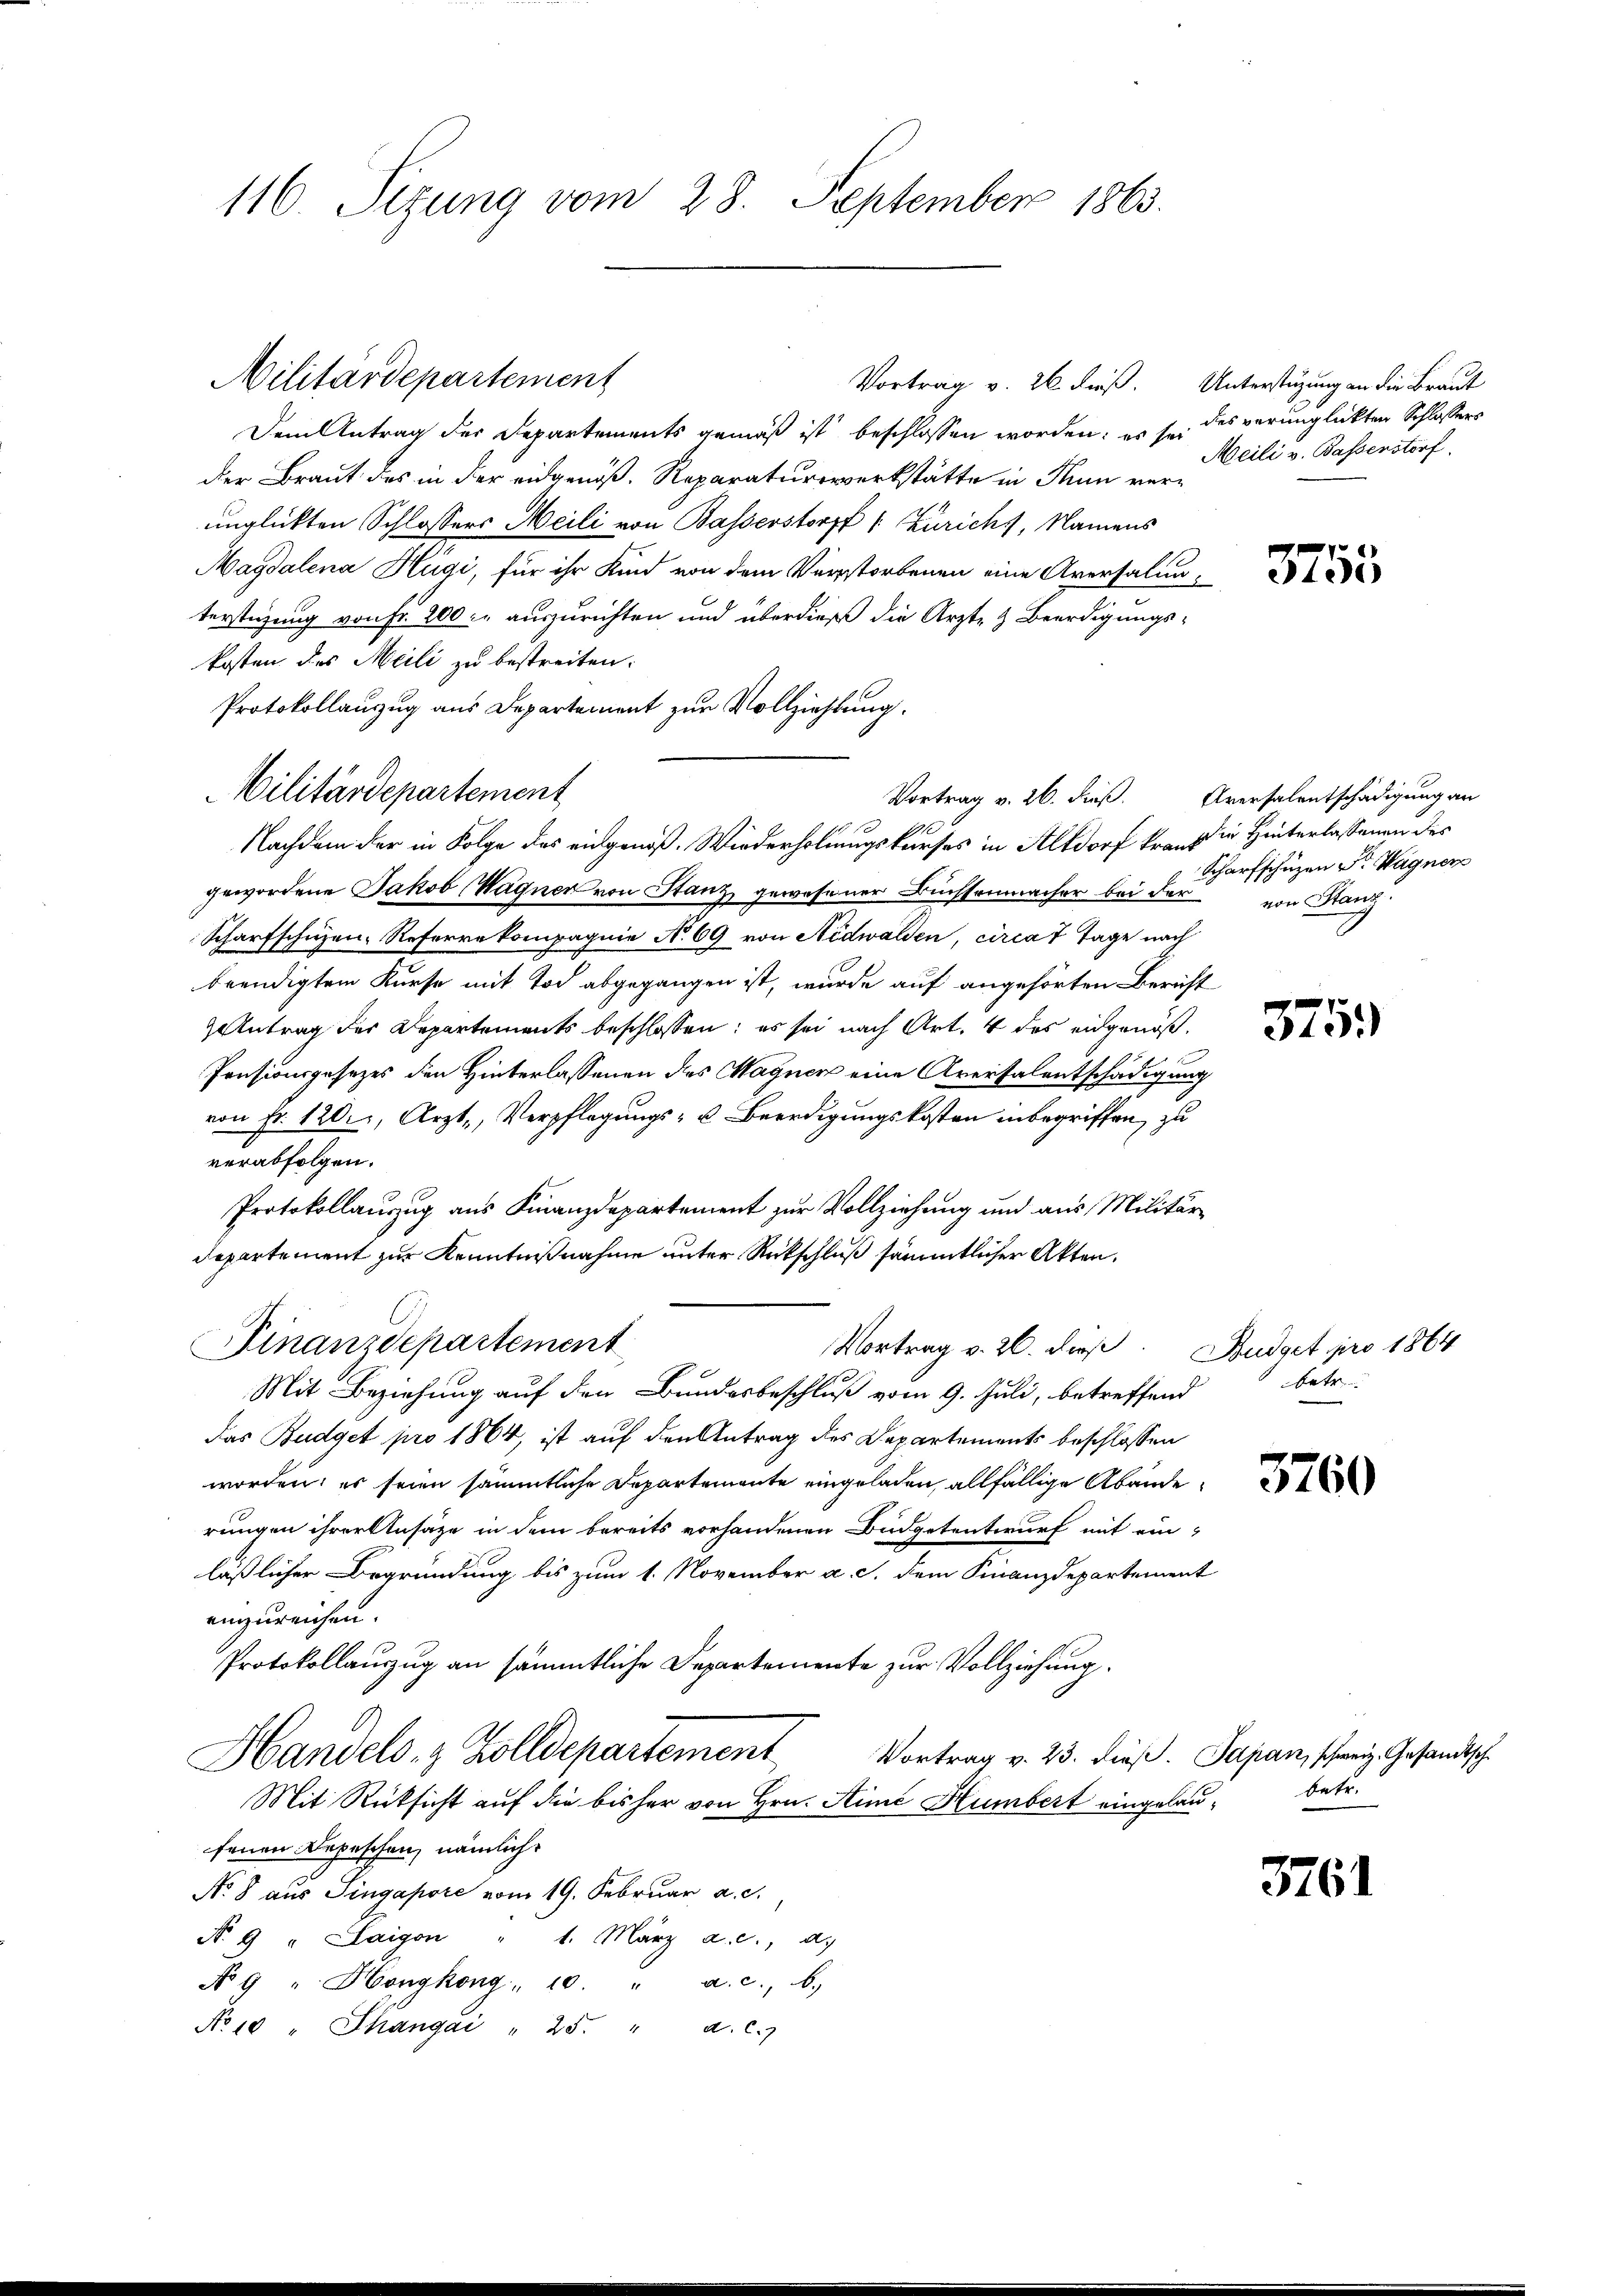
116. Sezung vom 28. September 1863.

Dem Antrag der Departements gemäß ist beschlossen worden; es sei des verunglickten Schlossers
der Braut des in der eidgenöß. Reparaturerwerkstätte in Rum verunglückten Schlossers Meili von Basserstorff /: Zürich, Namens
Magdalena Hägi, für ihr Kind von dem Verstorbenen eine Aversalunterstigung von Fr. 200. auszurichten und überdieß die Ärzte & Beerdigungskosten des Meili zu bestreiten.
Protokollauszug aus Departement zur Vollziehtung.
Nachdem der in Folge des eidgenoß. Wiederholungskurses in Altdorf kranz in Hinterlassenen des
gewordene Jakob Wagner von Stanz gewesener Buchsenmacher bei der von Stanz
Scharfschuzen Referre kompagnie No 69 von Nidwalden, circa 7 Tage nach
beendigtem Kurse mit Tod abgegangen ist, wurde auf angehörten Bericht
Antrag der Departements beschlossen: es sei nach Art. 4 des eidgenöß¬
Pensionsgesezes den Hinterlassenen des Magner eine Aversalentschädigung
von Fr. 120., Arzt, Verpflegungs- u. Beerdigungskosten inbegriffen, zu
verabfolgen.
Protokollauszug aus Finanzdepartement zur Vollziehung und aus Militär
Departement zur Kenntnißnahme unter Rückschluß sämmtlicher Akten.
Finanzdepartement
Vortrag v. 26. daß
Mit Beziehung auf den Bundesbeschluß vom 9. Juli, betreffend
Das Budget pro 1864, ist auf den Antrag des Departements beschlossen
worden; es seien sämmtliche Departemente eingeladen, allfällige Abänderungen ihrer Ansäze in dem bereits vorhandenen Budgetentwurf mit ein
läßlicher Begründung bis zum 1. November a. c. dem Finanzdepartement
einzureichen.
Protokollauszug an sämmtliche Departemente zur Vollziehung
Handels- & Zolldepartement Vortrag v. 23. dieß. Sapan, schweiz. Gesandtsch¬
Mit Rücksicht auf die bisher von Hrn. Himé Humbert eingelaufenen Depeschen, nämlich
No 8 aus Singapore vom 19. Februar a. c.,
Nr 9 " Laigon " 1. März a. c., a.
No 9 " Hongkong. 10. " a. c., b.
No 10 " Thangái " 25. " a. c.)

Militärdepartement

Militärdepartement

Vortrag v. 26. Fieß.

Vortrag v. 26. dieß. Unterstüzung an die Braut
Meili v. Basserstorf.

3755

Aversalentschädigung an
Scharfschüzen Sr. Wagner

375.

Budget pro 1864
betr.

3760

3761

betr.